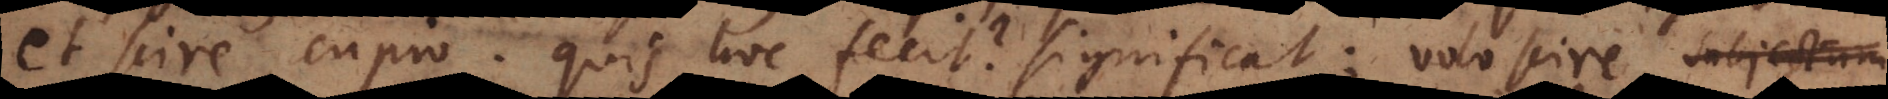
et scire cupio. Quis hoc fecit? significat: volo scire subjectum